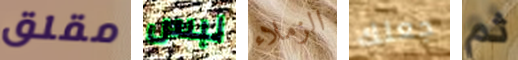
مقلق لبس الزملاء جعلك ثم